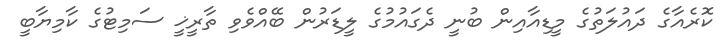
ކޮރެއާގެ ދައުލަތުގެ މީޑިއާއިން ބުނީ ދެގައުމުގެ ލީޑަރުން ބޭއްވެވި ތާރީޚީ ސަމިޓުގެ ކާމިޔާބީ